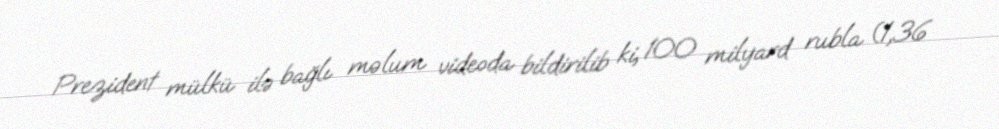
Prezident mülkü ilə bağlı məlum videoda bildirilib ki, 100 milyard rubla (1,36